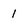
Character: 1